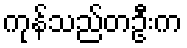
ကုန်သည်တဦးက